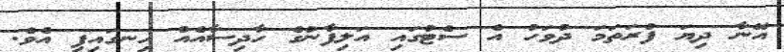
އޭނާ ދިޔަ ފުރަތަމަ ދުވަހު އެ ސެޓުގައި އަލިފާނުގެ ހާދިސާއެއް ހިނގައިފި އެވެ.